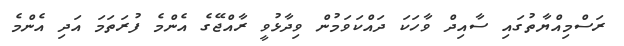
ރަސްމިއްޔާތުގައި ސާއިދް ވާހަކަ ދައްކަވަމުން ވިދާޅުވީ ރާއްޖޭގެ އެންމެ ފުރަތަމަ އަދި އެންމެ